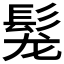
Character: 𩬤